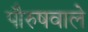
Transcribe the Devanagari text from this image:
पौरुषवाले